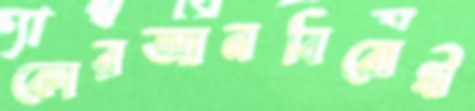
কোরআনবিরোধী